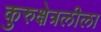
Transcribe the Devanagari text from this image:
कुरुक्षेत्रलीला